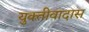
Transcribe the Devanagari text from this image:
युक्तीवादास